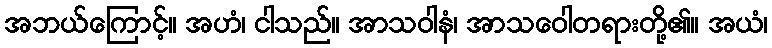
အဘယ်ကြောင့်။ အဟံ၊ ငါသည်။ အာသဝါနံ၊ အာသဝေါတရားတို့၏။ အယံ၊